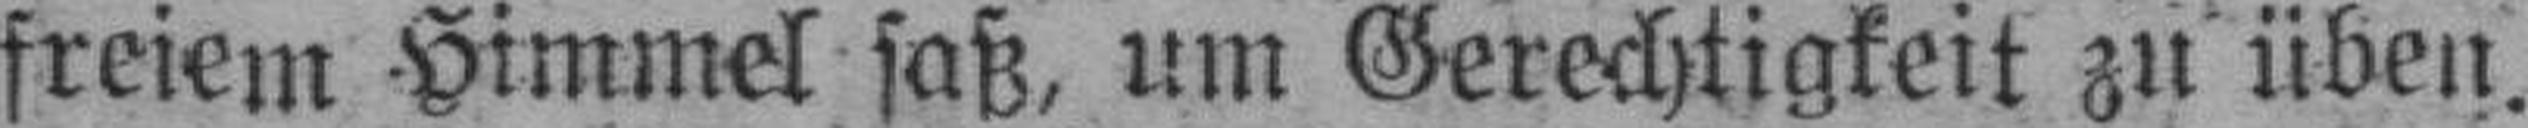
freiem Himmel saß, um Gerechtigkeit zu üben.